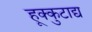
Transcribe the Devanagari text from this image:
हूक्कुटाद्य